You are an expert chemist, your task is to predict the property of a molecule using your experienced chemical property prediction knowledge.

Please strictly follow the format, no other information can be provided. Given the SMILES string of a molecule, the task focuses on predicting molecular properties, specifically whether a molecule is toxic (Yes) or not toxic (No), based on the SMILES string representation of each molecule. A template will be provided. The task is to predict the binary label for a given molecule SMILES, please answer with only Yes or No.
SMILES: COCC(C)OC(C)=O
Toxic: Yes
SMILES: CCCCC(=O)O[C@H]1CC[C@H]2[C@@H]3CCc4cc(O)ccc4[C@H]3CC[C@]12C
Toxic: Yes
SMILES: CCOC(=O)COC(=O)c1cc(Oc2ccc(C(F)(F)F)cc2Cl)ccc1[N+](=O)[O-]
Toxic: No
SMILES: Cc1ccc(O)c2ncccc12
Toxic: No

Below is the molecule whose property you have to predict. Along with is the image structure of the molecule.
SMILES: CC(C)(CO)[C@@H](O)C(=O)NCCCC(=O)[O-].CC(C)(CO)[C@@H](O)C(=O)NCCCC(=O)[O-]
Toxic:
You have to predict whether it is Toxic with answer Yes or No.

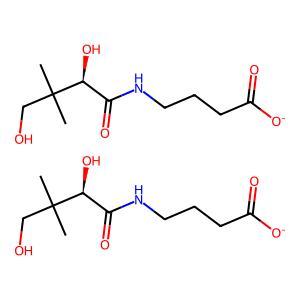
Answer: No